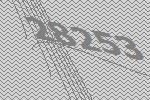
28253